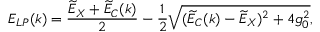
E _ { L P } ( k ) = \frac { \widetilde { E } _ { X } + \widetilde { E } _ { C } ( k ) } { 2 } - \frac { 1 } { 2 } \sqrt { ( \widetilde { E } _ { C } ( k ) - \widetilde { E } _ { X } ) ^ { 2 } + 4 g _ { 0 } ^ { 2 } } ,